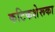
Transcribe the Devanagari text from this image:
कटिकशेरूका